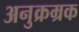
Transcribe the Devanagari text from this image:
अनुक्रम्रक